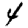
Digit: 4